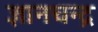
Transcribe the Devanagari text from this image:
ज्ञानचन्द्र